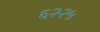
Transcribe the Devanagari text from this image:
६२२५